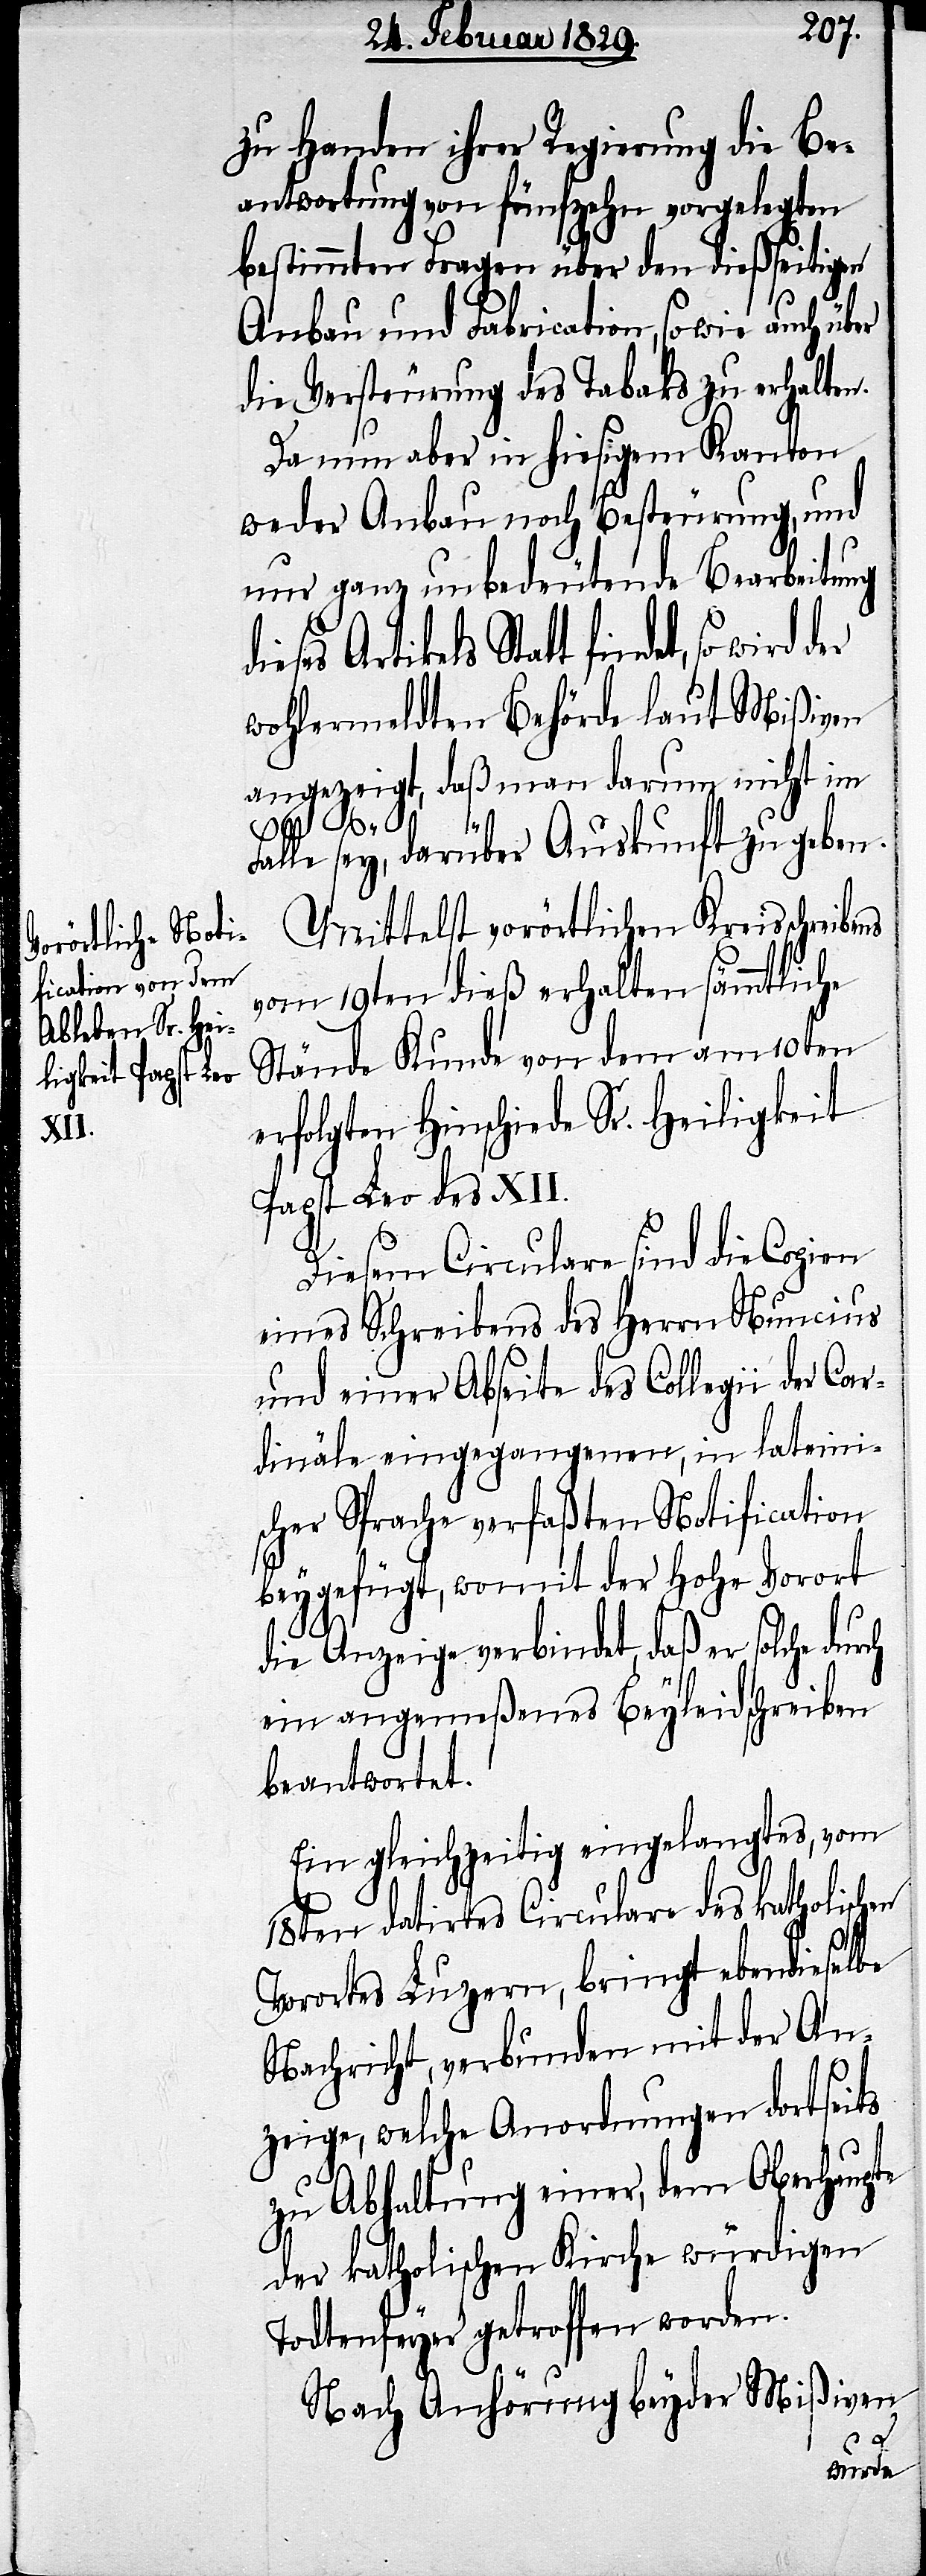
zu Handen ihrer Regierung die Be¬
antwortung von fünfzehn vorgelegten
bestimmten Fragen über den dießseitigen
Anbau und Fabrication, sowie auch über
die Versteuerung des Tabaks zu erhalten.
Da nun aber in hiesigem Kanton
weder Anbau noch Besteurung, und
nur ganz unbedeutende Bearbeitung
dieses Artikels Statt findet,
wohlermeldten Behörde laut Mißiven
angezeigt, daß man darum nicht im
Falle sey, darüber Auskunft zu geben.
Mittelst vorörtlichen Kreisschreibens
vom 19ten dieß erhalten sämmtliche
Stände Kunde von dem am 10ten
erfolgten Hinschiede Sr. Heiligkeit
Papst Leo des XII.
Diesem Circulare sind die Copien
eines Schreibens des Herrn Nuncius
und einer Abseite des Collegii der Car¬
dinäle eingegangenen, in lateini¬
scher Sprache verfaßten Notification
beygefügt, womit der hohe Vorort
die Anzeige verbindet, daß er solche dur¬
ein angemeßenes Beyleidsschreiben
beantwortet.
Ein gleichzeitig eingelangtes, vom
18ten datirtes Circulare des katholischen
Vorortes Luzern, bringt ebendieselbe
Nachricht, verbunden mit der An¬
zeige, welche Anordnungen dortseits
zu Abhaltung einer, dem Oberhaupte
der katholischen Kirche würdigen
Todtenfeyer getroffen worden.
Nach Anhörung beyder Mißiven
ch
wird der